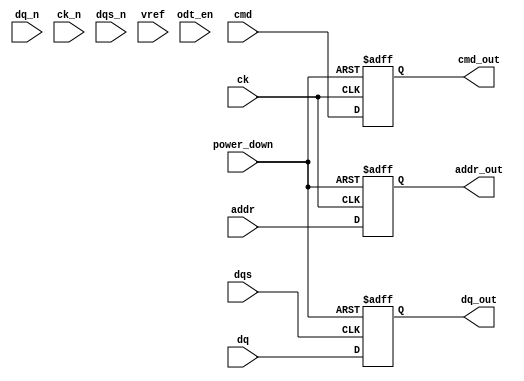
module lpddr5_io_block (
    input wire [15:0] dq,           // Data signals (DQ)
    input wire [15:0] dq_n,         // Inverted Data signals (DQ#)
    input wire [3:0] cmd,           // Command signals (CMD)
    input wire [3:0] addr,          // Address signals (A)
    input wire ck,                  // Clock signal (CK)
    input wire ck_n,                // Inverted Clock signal (CK#)
    input wire dqs,                 // Data Strobe signal (DQS)
    input wire dqs_n,               // Inverted Data Strobe signal (DQS#)
    input wire odt_en,              // On-Die Termination Enable
    input wire vref,                // Reference Voltage
    input wire power_down,          // Power down control
    output reg [15:0] dq_out,       // Output data signals
    output reg [3:0] cmd_out,       // Output command signals
    output reg [3:0] addr_out       // Output address signals
);

    // Parameters for voltage levels
    parameter VDD_IO = 1.1;         // I/O supply voltage
    parameter VDD_CORE = 1.1;       // Core supply voltage

    // Internal signals for clock gating
    reg clk_gated;

    // Clock gating logic
    always @(posedge ck or negedge power_down) begin
        if (!power_down) begin
            clk_gated <= 1'b0; // Disable clock during power down
        end else begin
            clk_gated <= !clk_gated; // Toggle clock gating
        end
    end

    // Data output logic with DDR support
    always @(posedge dqs or negedge power_down) begin
        if (!power_down) begin
            dq_out <= 16'b0; // Disable output during power down
        end else begin
            dq_out <= dq; // Capture data on rising edge of DQS
        end
    end

    // Command and Address output logic
    always @(posedge ck or negedge power_down) begin
        if (!power_down) begin
            cmd_out <= 4'b0; // Disable output during power down
            addr_out <= 4'b0; // Disable output during power down
        end else begin
            cmd_out <= cmd; // Capture command signals
            addr_out <= addr; // Capture address signals
        end
    end

    // On-Die Termination logic (simplified)
    always @(odt_en) begin
        if (odt_en) begin
            // Implement ODT functionality (simplified)
            // This would typically involve enabling termination resistors
        end else begin
            // Disable ODT
        end
    end

    // Power management and low power modes (simplified)
    always @(power_down) begin
        if (power_down) begin
            // Implement low power state logic
        end
    end

endmodule